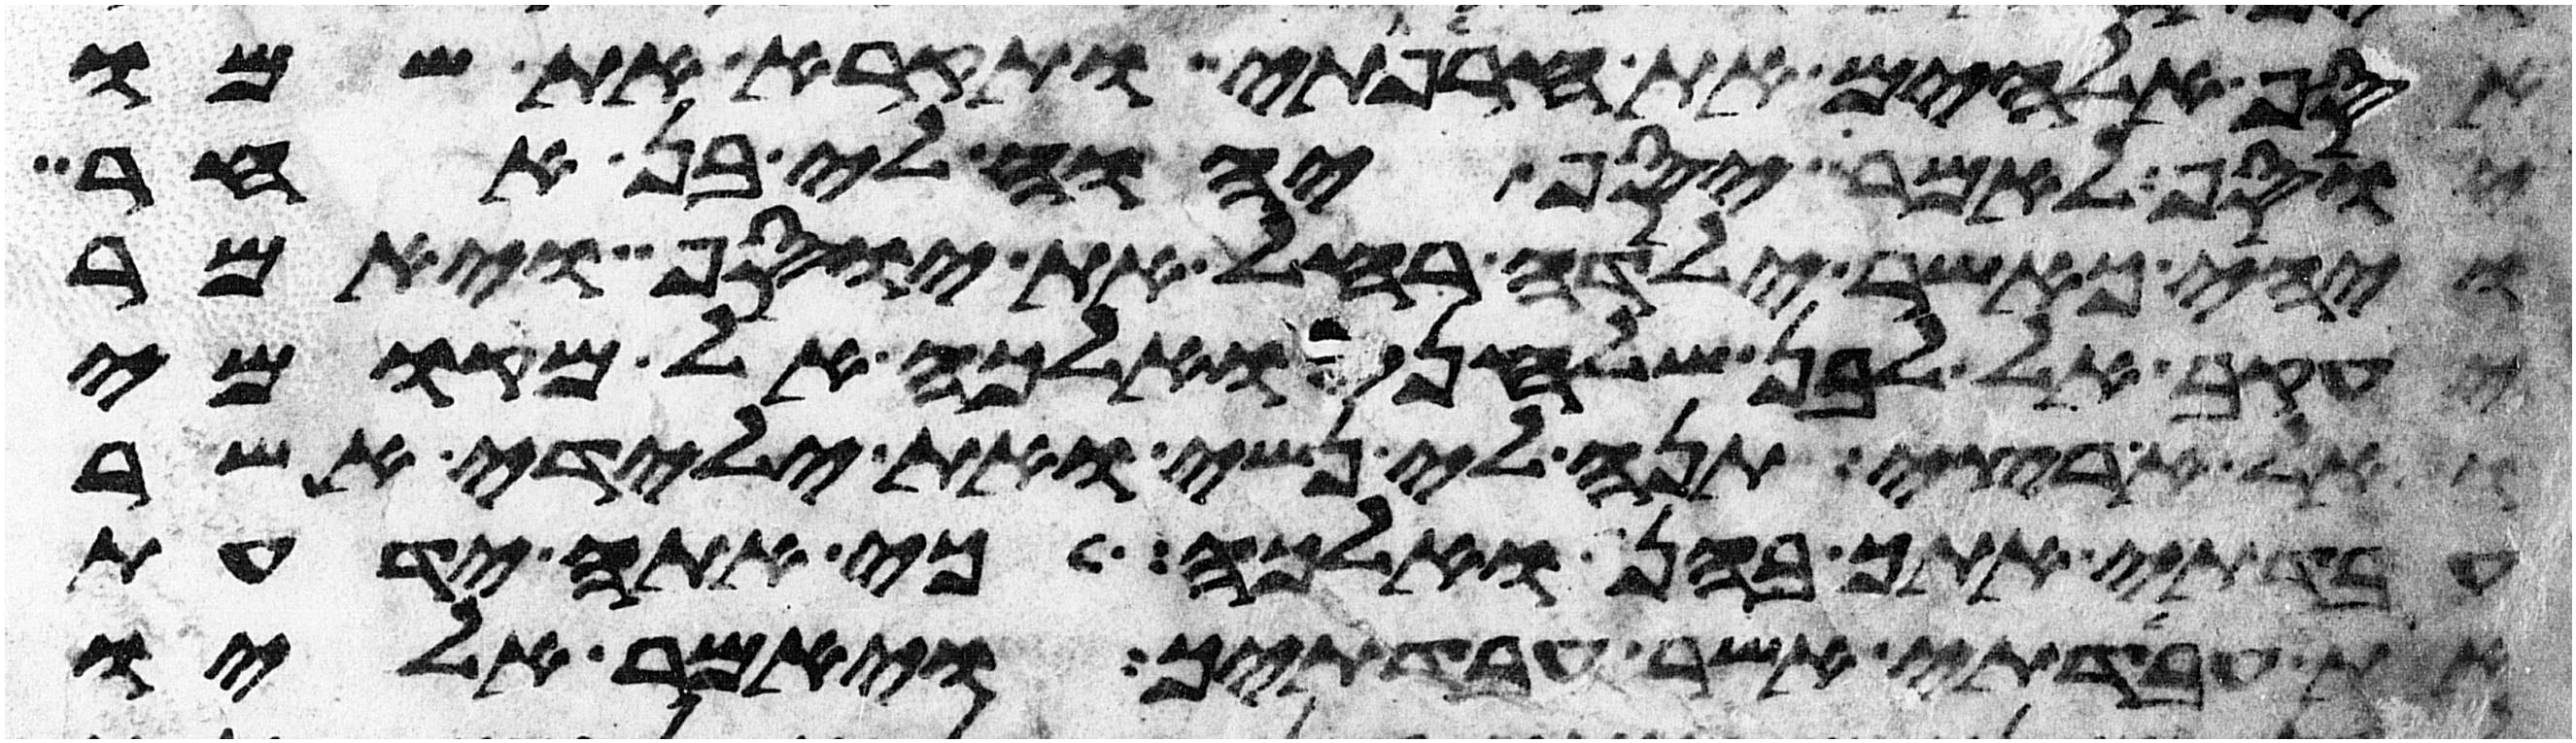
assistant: אסף אלהים את חרפתי ותקרא את שמו
יוסף לאמר יסף יהוה לי בן אחר
ויהי כאשר ילדה רחל את יוסף ויאמר
יעקב אל לבן שלחני ואלכה אל מקומי
ואל ארצי תנה את נשי ואת ילדי אשר
עבדתי אתך בהן ואלכה כי אתה ידעת
את עבדתי אשר עבדתיך ויאמר אליו